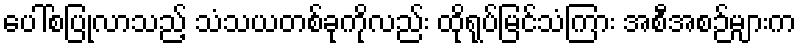
ပေါ်စပြုလာသည့် သံသယတစ်ခုကိုလည်း ထိုရုပ်မြင်သံကြား အစီအစဉ်များက